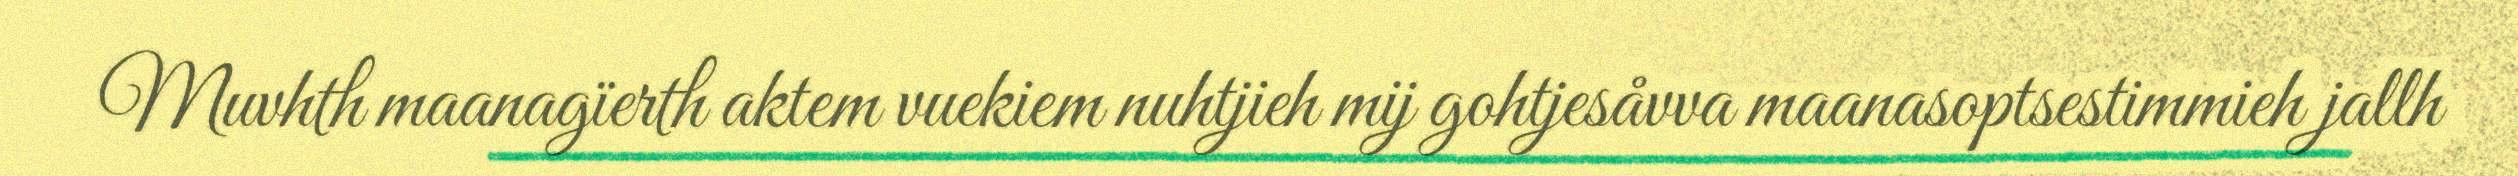
Muvhth maanagïerth aktem vuekiem nuhtjieh mij gohtjesåvva maanasoptsestimmieh jallh